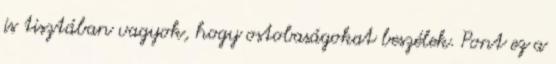
is tisztában vagyok, hogy ostobaságokat beszélek. Pont ez a